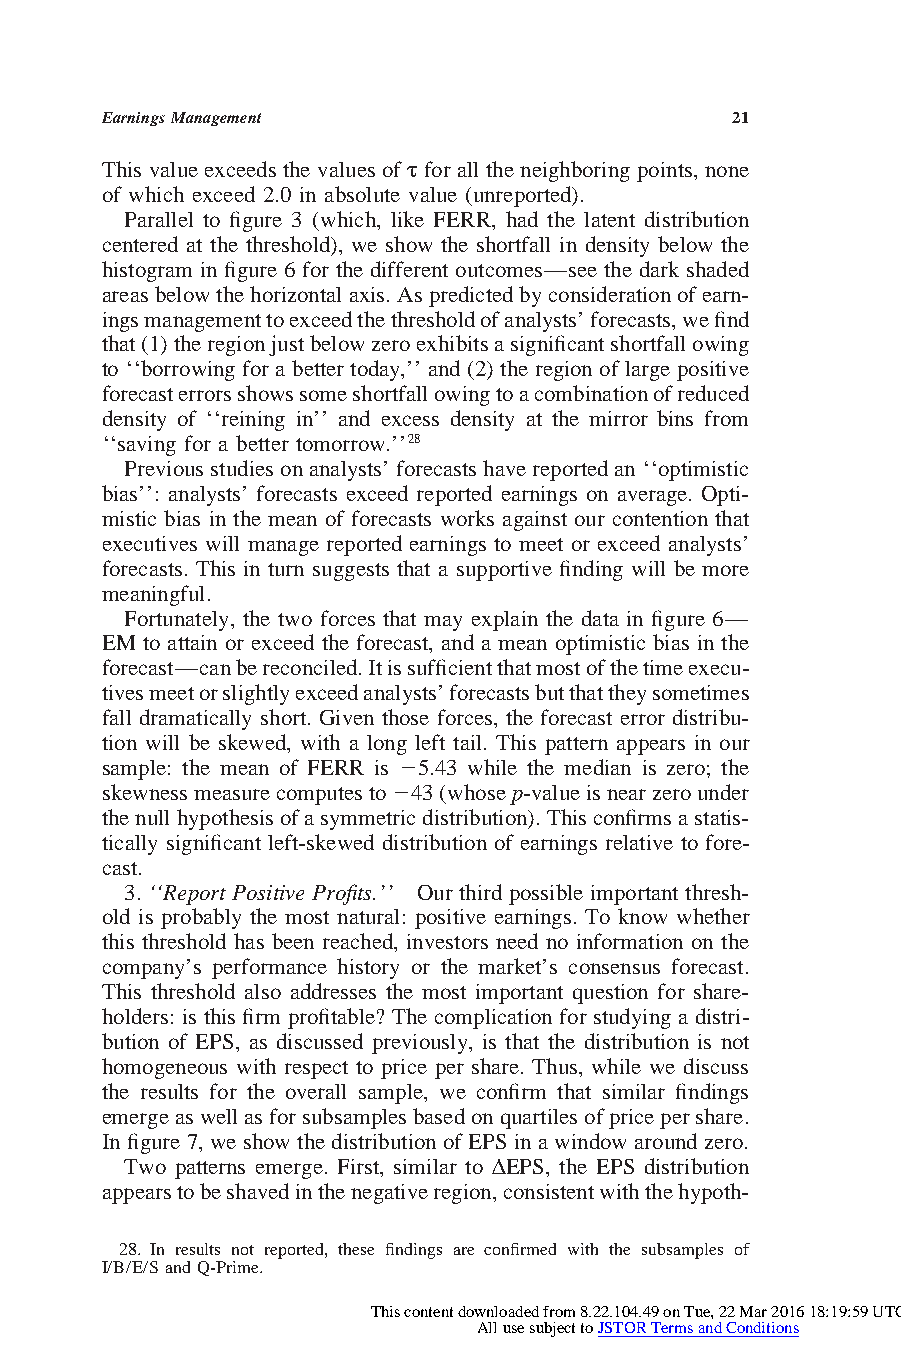
EarningsManagement                       21
 This valueexceeds the values of t for all theneighboring points, none
 of which exceed 2.0 in absolute value (unreported).
 Parallel to figure 3 (which, like FERR, had the latent distribution
 centered at the threshold), we show the shortfall in density below the
 histogram in figure 6 for the different outcomes—see the dark shaded
 areasbelowthehorizontalaxis.Aspredictedbyconsiderationofearn-
 ingsmanagementtoexceedthethresholdofanalysts’forecasts,wefind
 that(1)theregionjustbelowzeroexhibitsasignificantshortfallowing
 to ‘‘borrowingfor a bettertoday,’’ and (2)the region of large positive
 forecasterrorsshowssomeshortfallowingtoacombinationofreduced
 density of ‘‘reining in’’ and excess density at the mirror bins from
 ‘‘saving for a better tomorrow.’’28
 Previousstudiesonanalysts’forecastshavereportedan‘‘optimistic
 bias’’: analysts’ forecasts exceed reported earnings on average. Opti-
 mistic bias in the mean of forecasts works against our contention that
 executives will manage reported earnings to meet or exceed analysts’
 forecasts. This in turn suggests that a supportive finding will be more
 meaningful.
 Fortunately, the two forces that may explain the data in figure 6—
 EM to attain or exceed the forecast, and a mean optimistic bias in the
 forecast—canbereconciled.Itissufficientthatmostofthetimeexecu-
 tivesmeetorslightlyexceedanalysts’forecastsbutthattheysometimes
 fall dramatically short. Given those forces, the forecast error distribu-
 tion will be skewed, with a long left tail. This pattern appears in our
 sample: the mean of FERR is 25.43 while the median is zero; the
 skewnessmeasurecomputesto243(whosep-valueisnearzerounder
 thenullhypothesisofasymmetricdistribution).Thisconfirmsastatis-
 tically significant left-skewed distribution of earnings relative to fore-
 cast.
 3. ‘‘Report Positive Profits.’’ Our third possible important thresh-
 old is probably the most natural: positive earnings. To know whether
 this threshold has been reached, investors need no information on the
 company’s performance history or the market’s consensus forecast.
 This threshold also addresses the most important question for share-
 holders: is this firm profitable? The complication for studying a distri-
 bution of EPS, as discussed previously, is that the distribution is not
 homogeneous with respect to price per share. Thus, while we discuss
 the results for the overall sample, we confirm that similar findings
 emergeaswellasforsubsamplesbasedonquartilesofpricepershare.
 In figure 7, we showthedistribution ofEPSin awindow aroundzero.
 Two patterns emerge. First, similar to D EPS, the EPS distribution
 appearstobeshavedinthenegativeregion,consistentwiththehypoth-
 28. In results not reported, these findings are confirmed with the subsamples of
 I/B/E/SandQ-Prime.
 This content downloaded from 8.22.104.49 on Tue, 22 Mar 2016 18:19:59 UTC
 All use subject to JSTOR Terms and Conditions